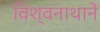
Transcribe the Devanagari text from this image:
विश्वनाथानें